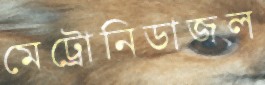
মেট্রোনিডাজল